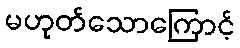
မဟုတ်သောကြောင့်